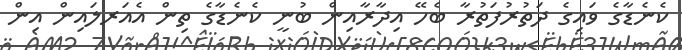
ކެނެޑާގެ ވައިގެ ދަތުރުފަތުރާ ބެހޭ އިދާރާއިން ބުނީ ކެނެޑާގެ ތިން އެއަރލައިން އިން